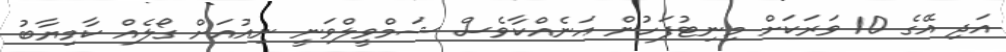
އަދި އޭގެ 10 ވަރަކަށް މިނިޓުފަހުން އަނެއްކާވެސް ޝަމްވީލްވަނީ ނިއުއަށް ގޯލެއް ކާމިޔާބު